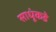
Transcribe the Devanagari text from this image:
साधूंकडे